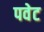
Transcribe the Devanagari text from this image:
पवेट